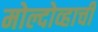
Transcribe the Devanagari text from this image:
मोल्दोव्हाची